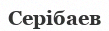
Серібаев